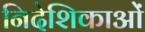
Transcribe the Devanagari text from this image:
निदेशिकाओं